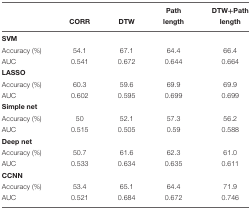
<table><thead><tr><td></td><td></td><td></td><td><b>Path</b></td><td><b>DTW+Path</b></td></tr><tr><td></td><td><b>CORR</b></td><td><b>DTW</b></td><td><b>length</b></td><td><b>length</b></td></tr></thead><tbody><tr><td><b>SVM</b></td><td></td><td></td><td></td><td></td></tr><tr><td>Accuracy (%)</td><td>54.1</td><td>67.1</td><td>64.4</td><td>66.4</td></tr><tr><td>AUC</td><td>0.541</td><td>0.672</td><td>0.644</td><td>0.664</td></tr><tr><td><b>LASSO</b></td><td></td><td></td><td></td><td></td></tr><tr><td>Accuracy (%)</td><td>60.3</td><td>59.6</td><td>69.9</td><td>69.9</td></tr><tr><td>AUC</td><td>0.602</td><td>0.595</td><td>0.699</td><td>0.699</td></tr><tr><td><b>Simple net</b></td><td></td><td></td><td></td><td></td></tr><tr><td>Accuracy (%)</td><td>50</td><td>52.1</td><td>57.3</td><td>56.2</td></tr><tr><td>AUC</td><td>0.515</td><td>0.505</td><td>0.59</td><td>0.588</td></tr><tr><td><b>Deep net</b></td><td></td><td></td><td></td><td></td></tr><tr><td>Accuracy (%)</td><td>50.7</td><td>61.6</td><td>62.3</td><td>61.0</td></tr><tr><td>AUC</td><td>0.533</td><td>0.634</td><td>0.635</td><td>0.611</td></tr><tr><td><b>CCNN</b></td><td></td><td></td><td></td><td></td></tr><tr><td>Accuracy (%)</td><td>53.4</td><td>65.1</td><td>64.4</td><td>71.9</td></tr><tr><td>AUC</td><td>0.521</td><td>0.684</td><td>0.672</td><td>0.746</td></tr></tbody></table>